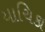
યાચિકા